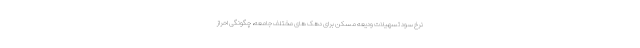
نرخ سود تسهیلات ودیعه مسکن برای دهک های مختلف جامعه، چگونگی احراز